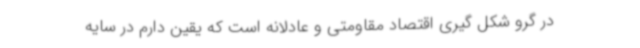
در گرو شکل گیری اقتصاد مقاومتی و عادلانه است که یقین دارم در سایه